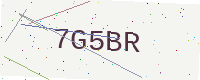
Text: 7G5BR